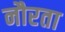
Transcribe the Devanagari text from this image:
नौरता